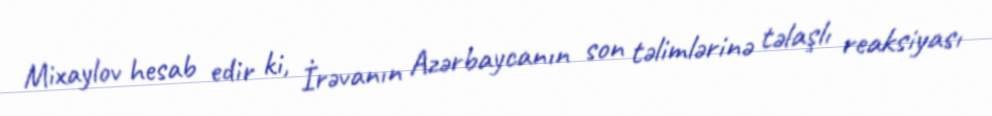
Mixaylov hesab edir ki, İrəvanın Azərbaycanın son təlimlərinə təlaşlı reaksiyası